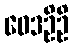
ဝေဒဦဦ